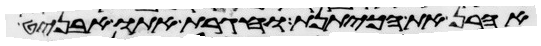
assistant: אהרן את הכיתנת וחגרת אתו אבניט